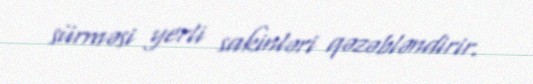
sürməsi yerli sakinləri qəzəbləndirir.